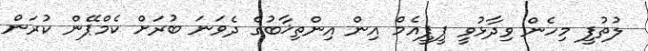
ލުތުފީ މިހެން ވިދާޅުވީ ޕީޕީއެމް އިން އިންތިޚާބުގެ ދެވަނަ ބުރަށް ކެމްޕޭން ކުރަން